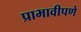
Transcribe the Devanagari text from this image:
प्राभावीपणे